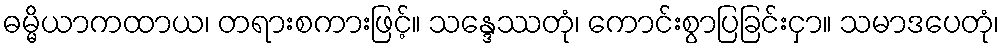
ဓမ္မိယာကထာယ၊ တရားစကားဖြင့်။ သန္ဒေဿတုံ၊ ကောင်းစွာပြခြင်းငှာ။ သမာဒပေတုံ၊